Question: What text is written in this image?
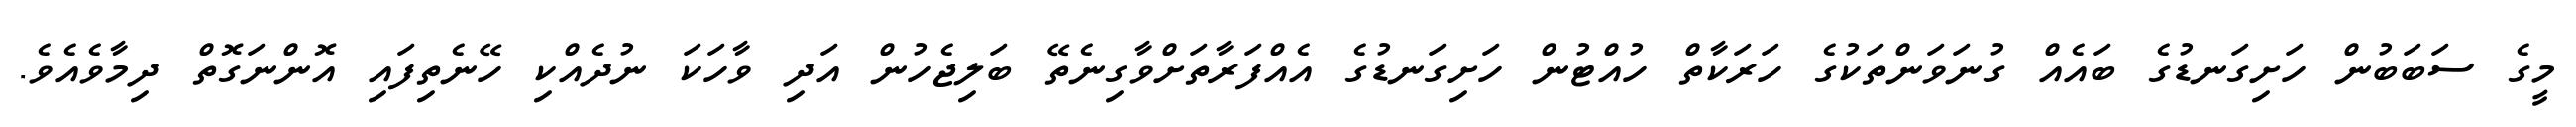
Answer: މީގެ ސަބަބުން ހަށިގަނޑުގެ ބައެއް ގުނަވަންތަކުގެ ހަރަކާތް ހުއްޓުން ހަށިގަނޑުގެ އެއްފަރާތަށްވާގިނެތޭ ބަލިޖެހުން އަދި ވާހަކަ ނުދެއްކި ހޭނެތިފައި އޮންނަގޮތް ދިމާވެއެވެ.